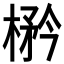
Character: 𱣼